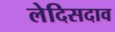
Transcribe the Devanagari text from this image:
लेदिसदाव